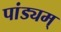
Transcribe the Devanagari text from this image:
पांड्यम्